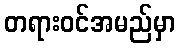
တရားဝင်အမည်မှာ